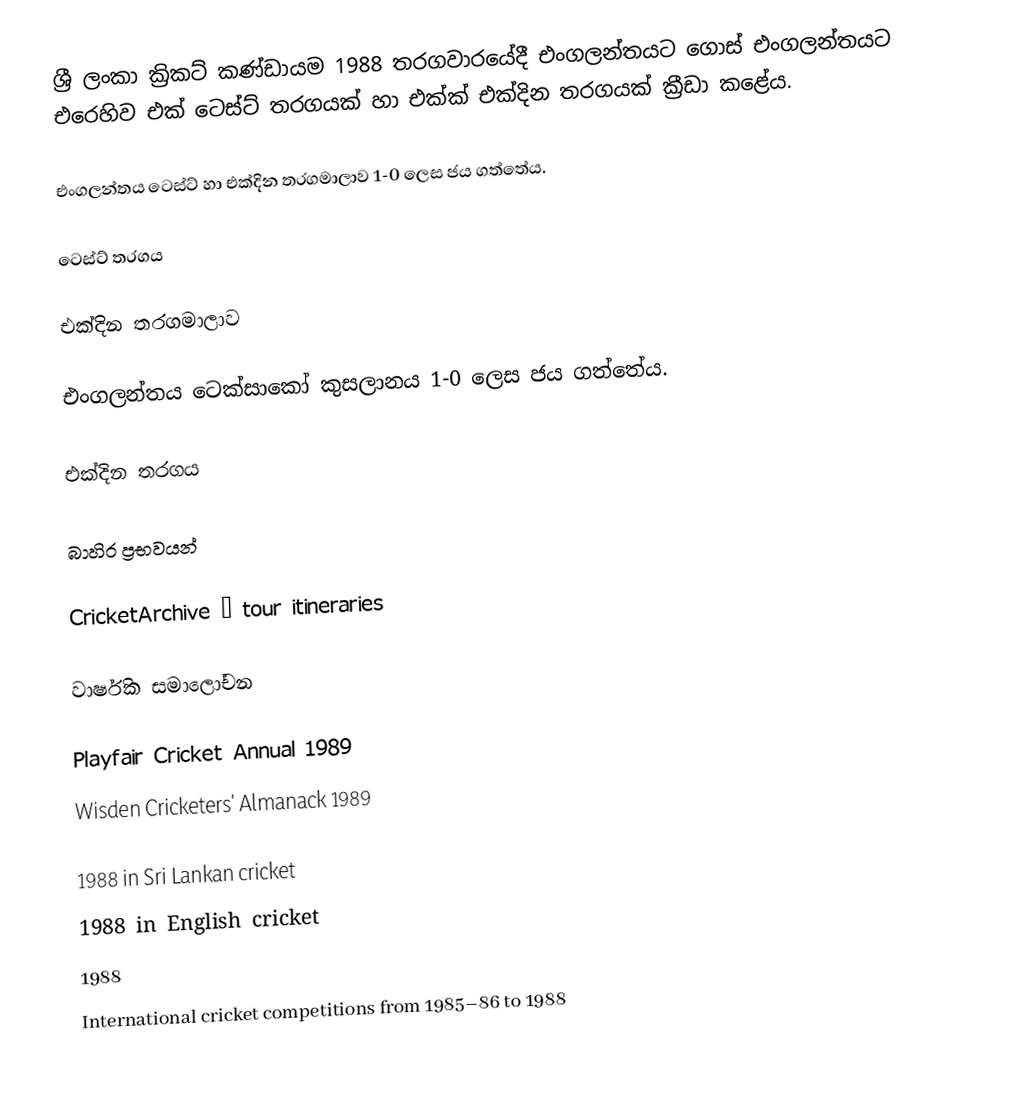
ශ්‍රී ලංකා ක්‍රිකට් කණ්ඩායම 1988 තරගවාරයේදී එංගලන්තයට ගොස් එංගලන්තයට එරෙහිව එක් ටෙස්ට් තරගයක් හා එක්ක්‍ එක්දින තරගයක් ක්‍රීඩා කළේය.

එංගලන්තය ටෙස්ට් හා එක්දින  තරගමාලාව 1-0 ලෙස ජය ගත්තේය.

ටෙස්ට් තරගය

එක්දින තරගමාලාව

එංගලන්තය ටෙක්සාකෝ කුසලානය 1-0 ලෙස ජය ගත්තේය.

එක්දින තරගය

බාහිර ප්‍රභවයන්

 CricketArchive – tour itineraries

වාර්ෂික සමාලෝචන

 Playfair Cricket Annual 1989
 Wisden Cricketers' Almanack 1989

1988 in Sri Lankan cricket
1988 in English cricket
1988
International cricket competitions from 1985–86 to 1988